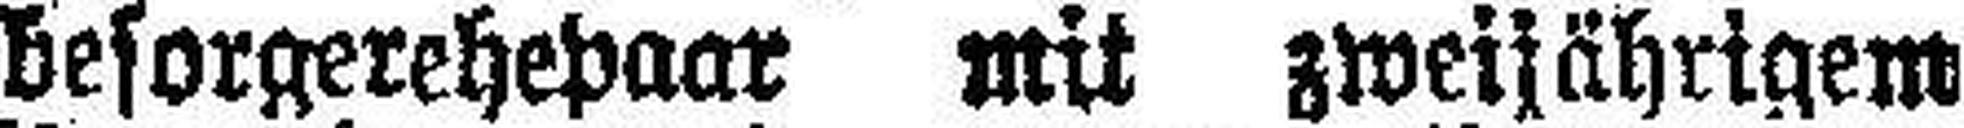
besorgerehepaar mit zweijährigem